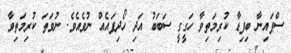
ސްޕައިނާ ބިފިޑާ ކުރިމަތިވާ ހަގީގީ ސަބަބު އަދި ހޯދިފައެއް ނުވެއެވެ. ނުވަތަ ކުރިމަތިވާ